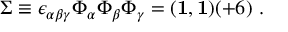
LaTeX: \Sigma \equiv \epsilon _ { \alpha \beta \gamma } \Phi _ { \alpha } \Phi _ { \beta } \Phi _ { \gamma } = ( { \bf 1 } , { \bf 1 } ) ( + 6 ) ~ .